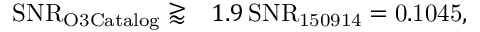
\begin{array} { r l } { \mathrm { { S N R } _ { \mathrm { { O 3 C a t a l o g } } } \gtrapprox } } & { { } 1 . 9 \, \mathrm { { S N R } _ { 1 5 0 9 1 4 } = 0 . 1 0 4 5 , } } \end{array}